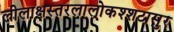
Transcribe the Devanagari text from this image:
लीलाक्षस्तरलालोकश्शटासुर